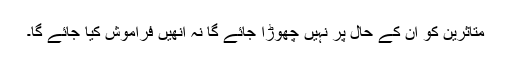
متاثرین کو ان کے حال پر نہیں چھوڑا جائے گا نہ اُنھیں فراموش کیا جائے گا۔